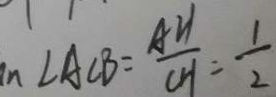
\angle A C B = \frac { A H } { C H } = \frac { 1 } { 2 }